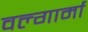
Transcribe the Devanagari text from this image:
वल्गार्मा